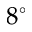
8 ^ { \circ }